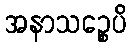
အနာသဉ္စေပိ